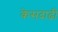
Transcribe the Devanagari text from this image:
केसदाढी